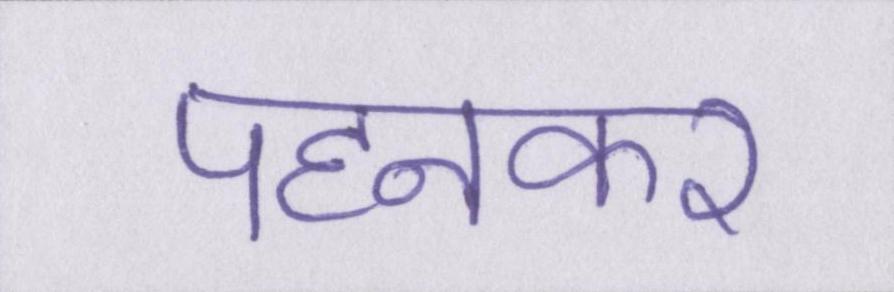
पहनकर